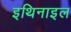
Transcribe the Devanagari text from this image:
इथिनाइल